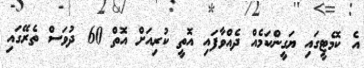
އެ ކޮމެޓީގައި ޔަގީންކަމެއް ދެއްވާފައި އޮތީ ކުރިއަށް އޮތް 60 ދުވަސް ތެރޭގައި